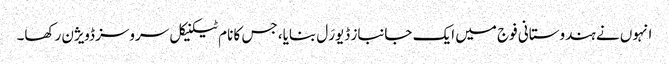
انہوں نے ہندوستانی فوج میں ایک جانباز ڈیورَل بنایا، جس کا نام ٹیکنیکل سروسز ڈویژن رکھا۔